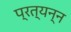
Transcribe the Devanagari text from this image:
प्रत्यन्न